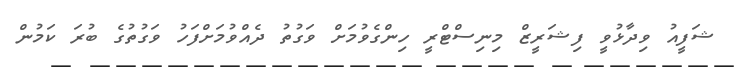
ޝަފީއު ވިދާޅުވީ ފިޝަރީޒް މިނިސްޓްރީ ހިންގެވުމަށް ވަގުތު ދެއްވުމަށްފަހު ވަގުތުގެ ބުރަ ކަމުން